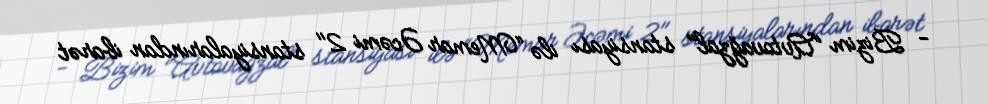
- Bizim “Avtovağzal” stansiyası ilə “Memar Əcəmi 2" stansiyalarından ibarət